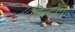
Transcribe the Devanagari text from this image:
विन्टॉन